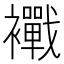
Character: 𧟀